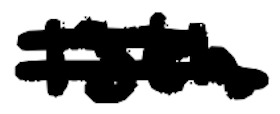
Text: 13th
Cross-out: double-line
Writing tool: digital_black